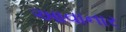
આવાનાર